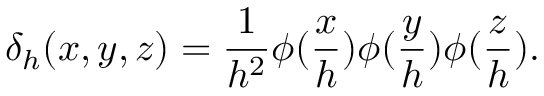
\delta _ { h } ( x , y , z ) = \frac { 1 } { h ^ { 2 } } \phi ( \frac { x } { h } ) \phi ( \frac { y } { h } ) \phi ( \frac { z } { h } ) .